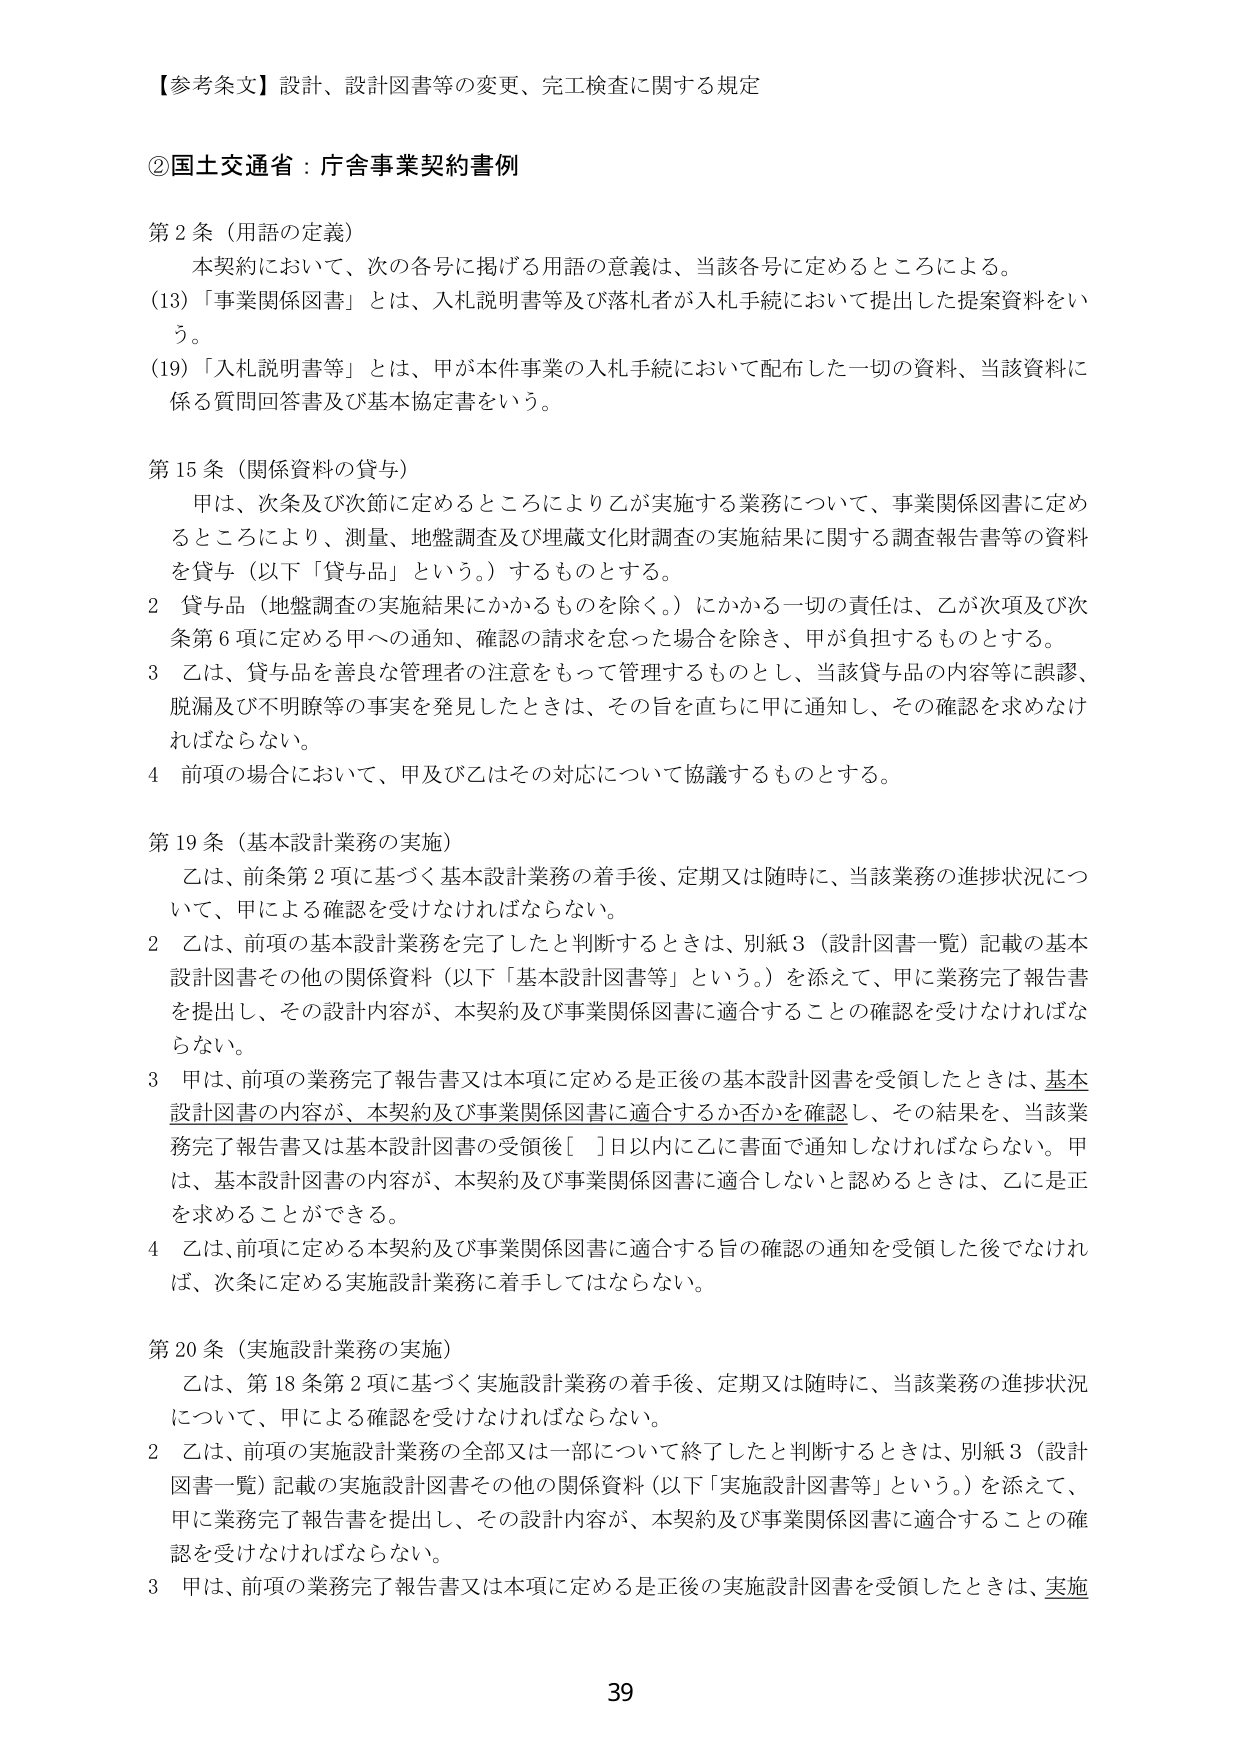
【参考条文】設計、設計図書等の変更、完工検査に関する規定

②国土交通省：庁舎事業契約書例

第2条（用語の定義）
　本契約において、次の各号に掲げる用語の意義は、当該各号に定めるところによる。
(13)「事業関係図書」とは、入札説明書等及び落札者が入札手続において提出した提案資料をいう。
(19)「入札説明書等」とは、甲が本件事業の入札手続において配布した一切の資料、当該資料に係る質問回答書及び基本協定書をいう。

第15条（関係資料の貸与）
　甲は、次条及び次節に定めるところにより乙が実施する業務について、事業関係図書に定めるところにより、測量、地盤調査及び埋蔵文化財調査の実施結果に関する調査報告書等の資料を貸与（以下「貸与品」という。）するものとする。
2 貸与品（地盤調査の実施結果にかかるものを除く。）にかかる一切の責任は、乙が次項及び次条第6項に定める甲への通知、確認の請求を怠った場合を除き、甲が負担するものとする。
3 乙は、貸与品を善良な管理者の注意をもって管理するものとし、当該貸与品の内容等に誤謬、脱漏及び不明瞭等の事実を発見したときは、その旨を直ちに甲に通知し、その確認を求めなければならない。
4 前項の場合において、甲及び乙はその対応について協議するものとする。

第19条（基本設計業務の実施）
　乙は、前条第2項に基づく基本設計業務の着手後、定期又は随時に、当該業務の進捗状況について、甲による確認を受けなければならない。
2 乙は、前項の基本設計業務を完了したと判断するときは、別紙3（設計図書一覧）記載の基本設計図書その他の関係資料（以下「基本設計図書等」という。）を添えて、甲に業務完了報告書を提出し、その設計内容が、本契約及び事業関係図書に適合することの確認を受けなければならない。
3 甲は、前項の業務完了報告書又は本項に定める是正後の基本設計図書を受領したときは、基本設計図書の内容が、本契約及び事業関係図書に適合するか否かを確認し、その結果を、当該業務完了報告書又は基本設計図書の受領後[ ]日以内に乙に書面で通知しなければならない。甲は、基本設計図書の内容が、本契約及び事業関係図書に適合しないと認めるときは、乙には正を求めることが出来る。
4 乙は、前項に定める本契約及び事業関係図書に適合する旨の確認の通知を受領した後でなければ、次条に定める実施設計業務に着手してはならない。

第20条（実施設計業務の実施）
　乙は、第18条第2項に基づく実施設計業務の着手後、定期又は随時に、当該業務の進捗状況について、甲による確認を受けなければならない。
2 乙は、前項の実施設計業務の全部又は一部について終了したと判断するときは、別紙3（設計図書一覧）記載の実施設計図書その他の関係資料（以下「実施設計図書等」という。）を添えて、甲に業務完了報告書を提出し、その設計内容が、本契約及び事業関係図書に適合することの確認を受けなければならない。
3 甲は、前項の業務完了報告書又は本項に定める是正後の実施設計図書を受領したときは、実施

39